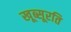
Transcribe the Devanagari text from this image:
खूब्सूरति